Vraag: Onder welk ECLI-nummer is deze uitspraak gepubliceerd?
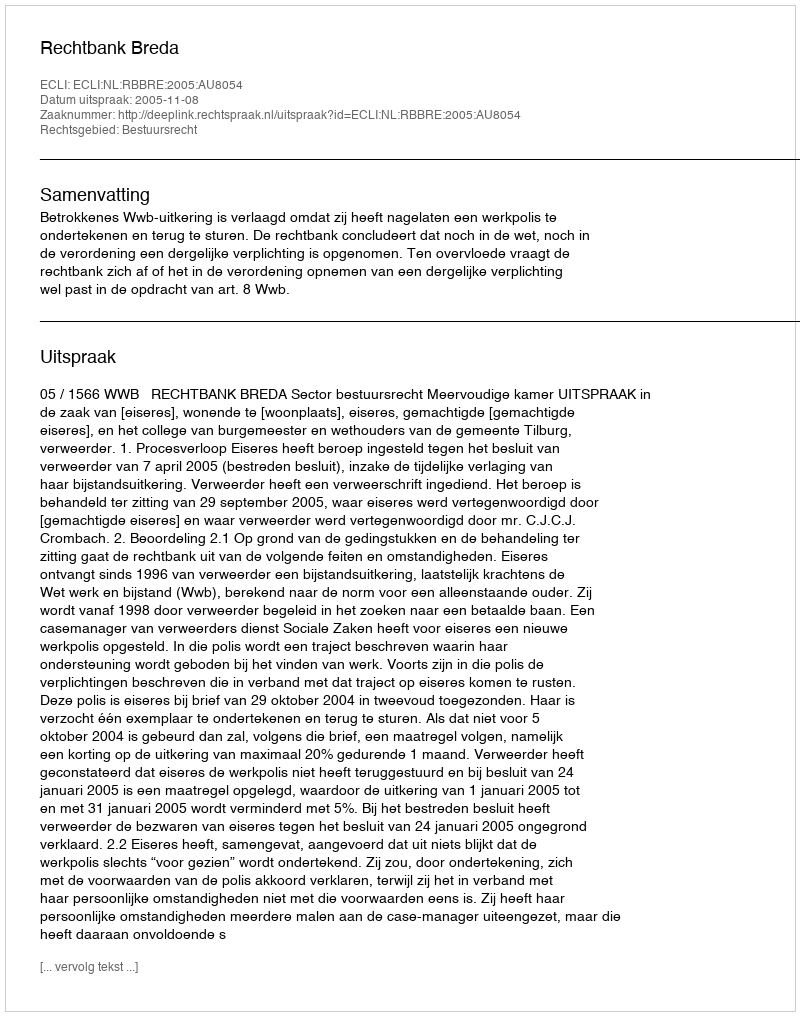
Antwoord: ECLI:NL:RBBRE:2005:AU8054